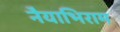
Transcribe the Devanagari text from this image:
नैयाभिराम